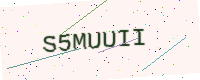
Text: S5MUUII